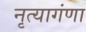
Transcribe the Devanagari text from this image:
नृत्यागंणा